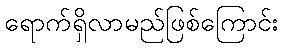
ရောက်ရှိလာမည်ဖြစ်ကြောင်း